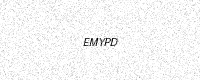
Text: EMYPD